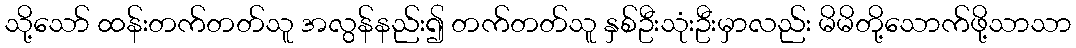
သို့သော် ထန်းတက်တတ်သူ အလွန်နည်း၍ တက်တတ်သူ နှစ်ဦးသုံးဦးမှာလည်း မိမိတို့သောက်ဖို့သာသာ